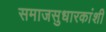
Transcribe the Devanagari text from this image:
समाजसुधारकांशी